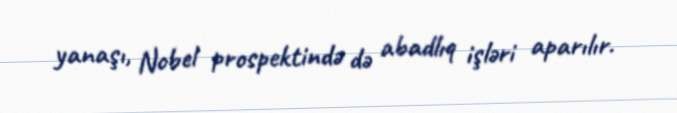
yanaşı, Nobel prospektində də abadlıq işləri aparılır.